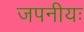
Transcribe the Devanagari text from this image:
जपनीयः